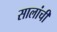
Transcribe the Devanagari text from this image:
सालांची